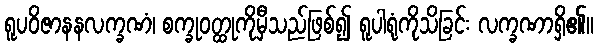
ရူပဝိဇာနနလက္ခဏံ၊ စက္ခုဝတ္ထုကိုမှီသည်ဖြစ်၍ ရူပါရုံကိုသိခြင်း လက္ခဏာရှိ၏။